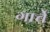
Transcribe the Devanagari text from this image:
गार्चे